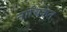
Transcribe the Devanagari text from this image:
नाचिकेत